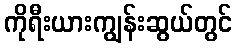
ကိုရီးယားကျွန်းဆွယ်တွင်